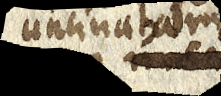
uncinatam